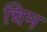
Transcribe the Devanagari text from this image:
चिम